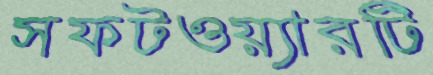
সফটওয়্যারটি